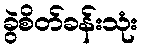
ခွဲစိတ်ခန်းသုံး